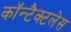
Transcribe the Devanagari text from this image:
कॉन्टैक्टलेस